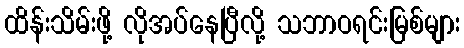
ထိန်းသိမ်းဖို့ လိုအပ်နေပြီလို့ သဘာဝရင်းမြစ်များ